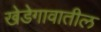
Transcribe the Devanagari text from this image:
खेडेगावातील